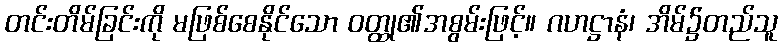
တင်းတိမ်ခြင်းကို မဖြစ်စေနိုင်သော ဝတ္ထု၏အစွမ်းဖြင့်။ ဂဟဋ္ဌာနံ၊ အိမ်၌တည်သူ